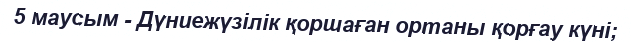
5 маусым - Дүниежүзілік қоршаған ортаны қорғау күні;